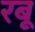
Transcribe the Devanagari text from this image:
रबू